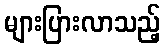
များပြားလာသည့်